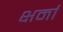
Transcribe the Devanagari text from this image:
क्षर्मा